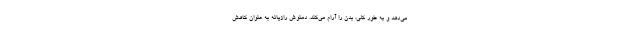
می‌دهد و به طور کلی، بدن را آرام می‌کند. دمنوش رازیانه به عنوان کاهش